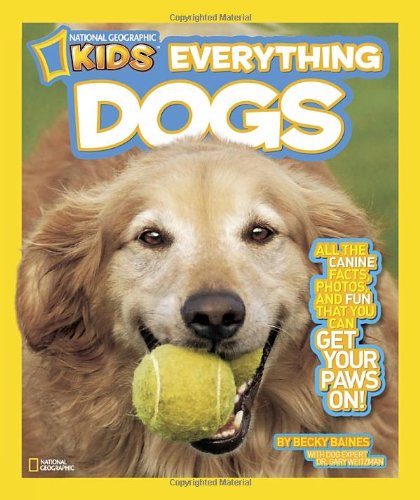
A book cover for National Geographic Kids Everything Dogs: All the Canine Facts, Photos, and Fun You Can Get Your Paws On!; Becky Baines; Children's Books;